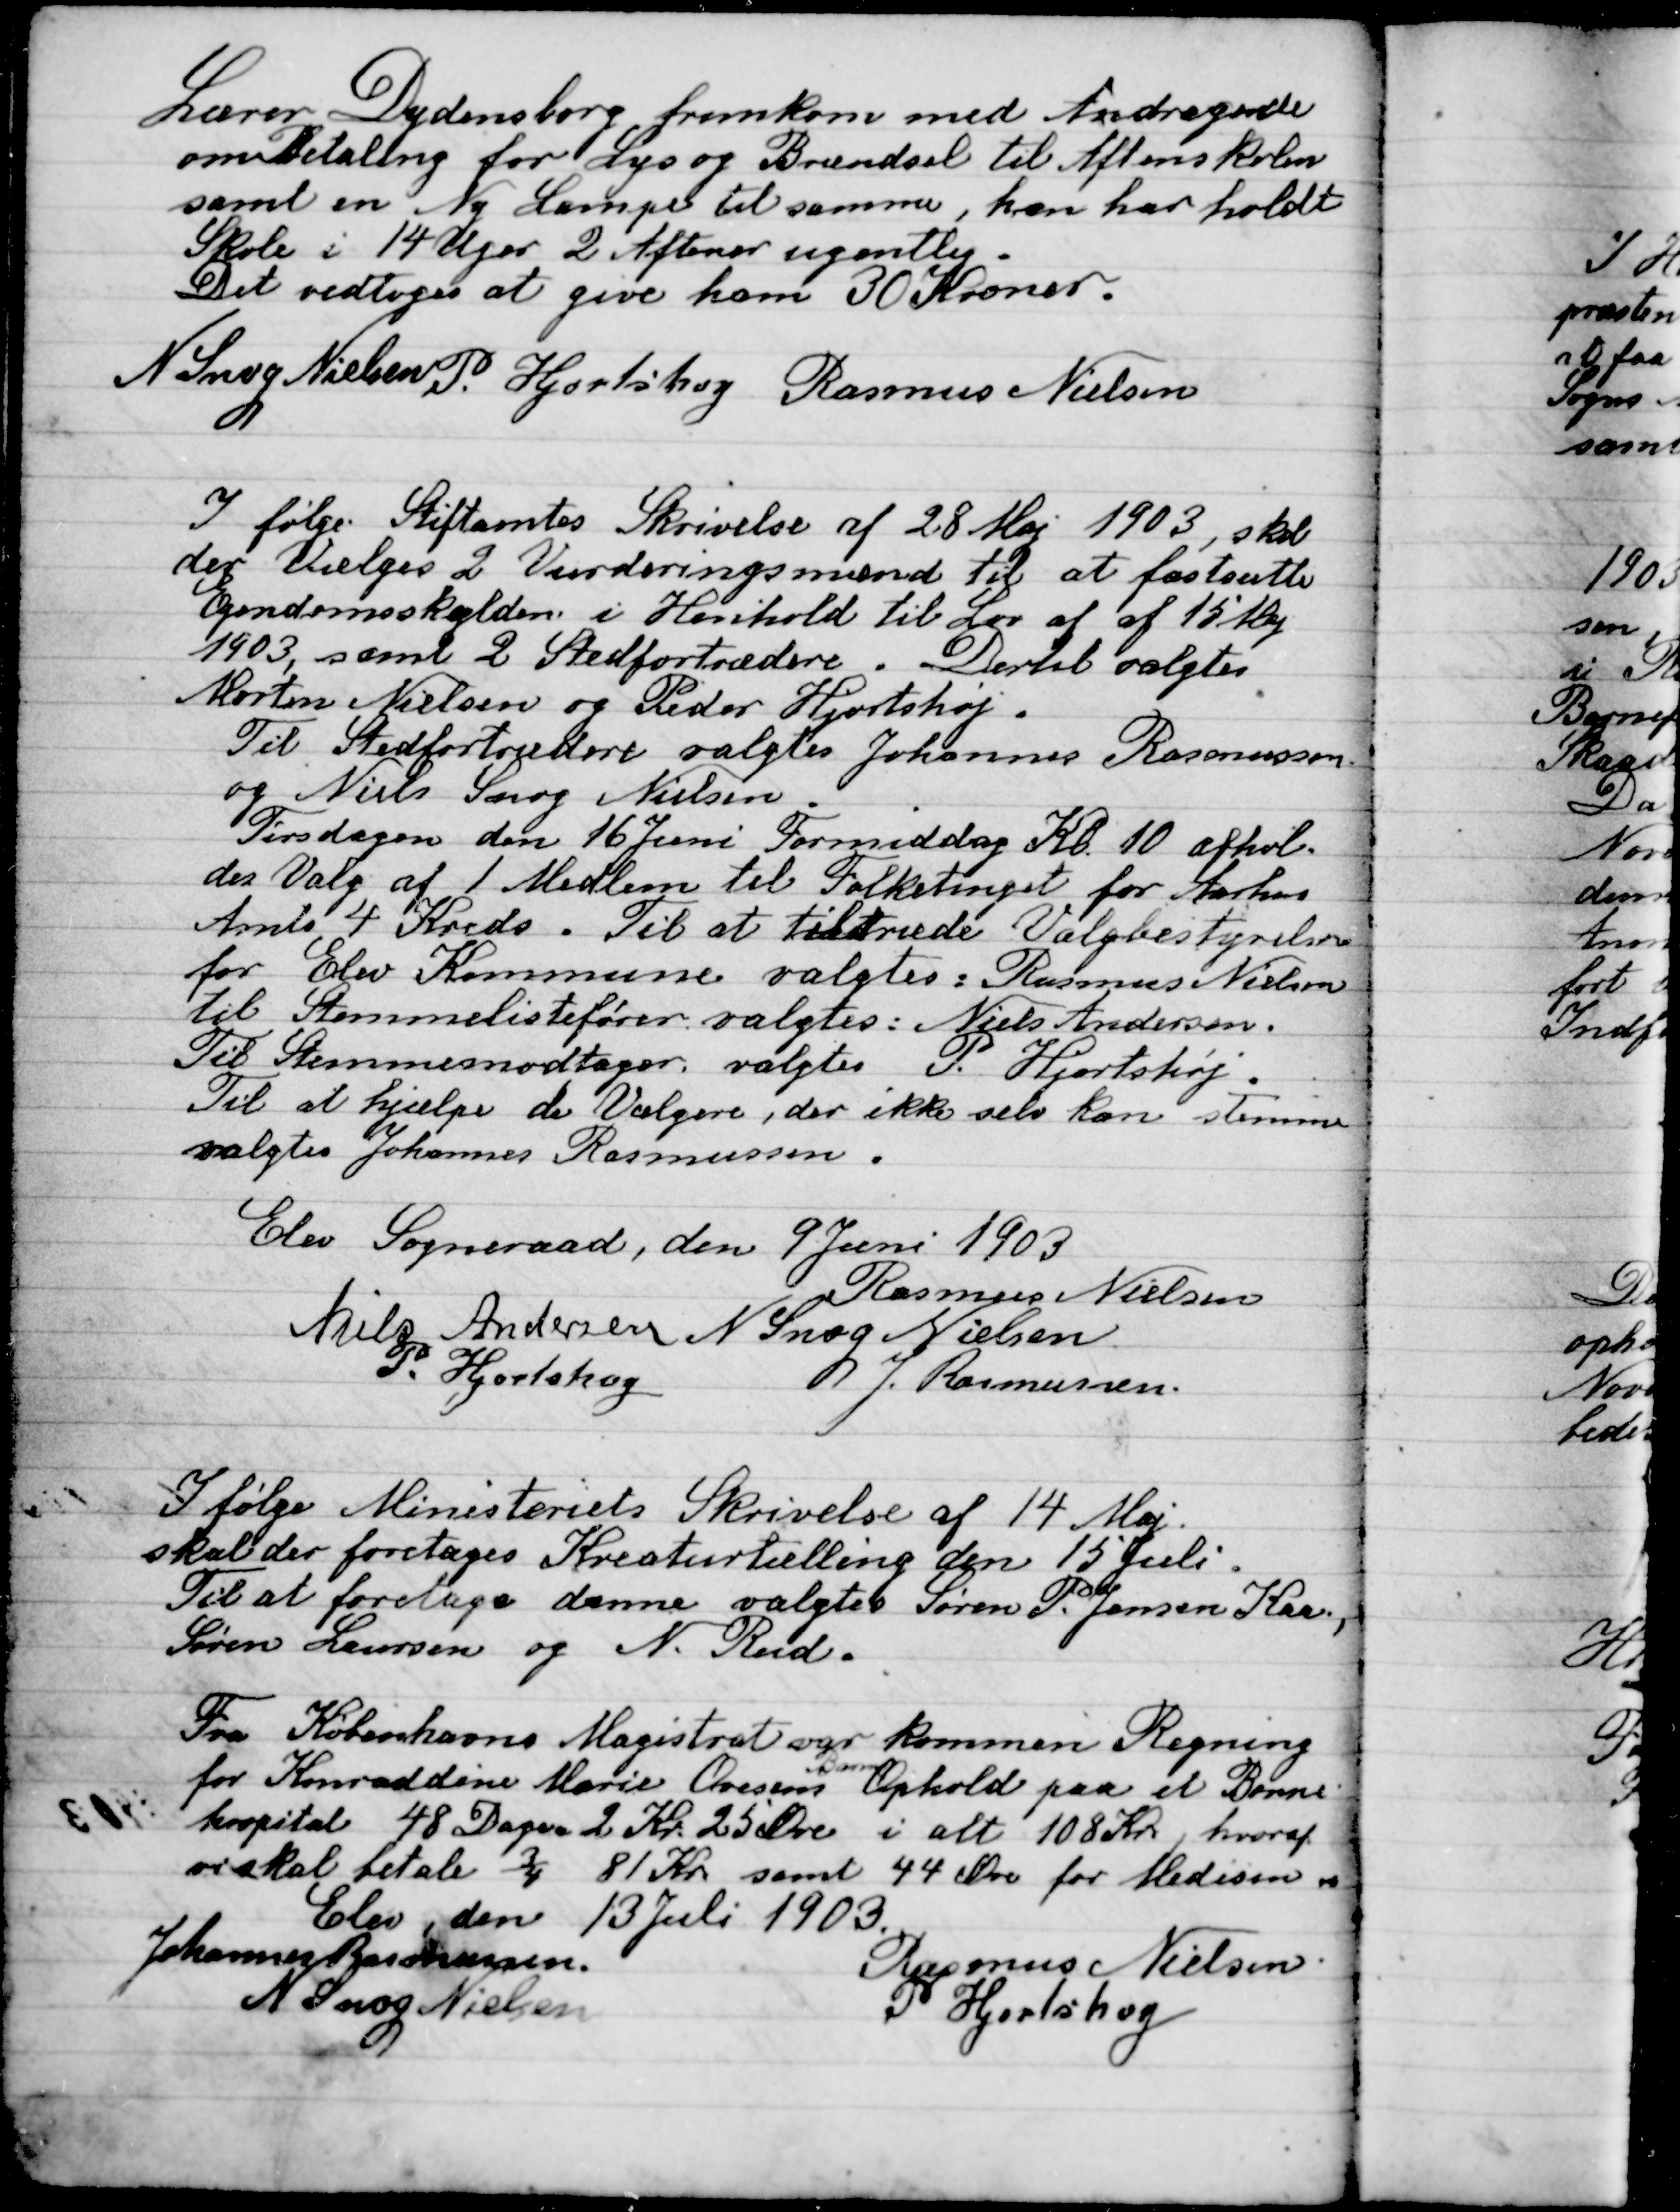
Transskription:
Lærer Dydensborg fremkom med andragende
som betaling for Lys og Brændsel til Aftenskolen
samt om Ny Lampe til samme, han har holdt
Skole i 14 Uger 2 Aftener ugentlig.
Det vedtoges at give ham 30 Kroner.

N. Snog Nielsen
P. Hjortshøj
Rasmus Nielsen

Ifølge Stiftsamters skrivelse af 28 Maj 1903, skal
der Vælges 2 Vurderingsmænd til at fastsætte
Ejendomsskylden i henholdt til Lov af af 15 April
1903 samt 2 Stedfortrædere. Dertil valgtes
Morten Nielsen og Peder Hjortshøj.
Til Stedfortrædere valgtes Johannes Rasmussen
og Niels Snog Nielsen.
Tirsdagen den 16 juni formiddag Kl. 10 afhold-
tes Valg af 1 Medlem til folketinget for Aarhus
Amts 4 Kreds. Til at tiltræde Valgbestyrelsen
for Elev Kommune valgtes: Rasmus Nielsen
Til Stemmelistefører valgtes: Niels Andersen
Til Stemmemodtager valgtes P. Hjortshøj
Til at hjælpe de Vælgere, der ikke selv kan stemme
valgtes Johannsens Rasmussen.

Elev Sogneraad, den 9 Juni 1903

Rasmus Nielsen
Niels Andersen
N. Snog Nielsen
P. Hjortshøj
J. Rasmussen

Ifølge Ministeriets skrivelse af 14 Maj
skulle der foretages Kreaturtælling den 15 juli.
Til at foretage denne valgtes Søren P. Jensen Kaa,
Søren Laursen og N. Rud.

Fra Københavns Magistrat var kommen Regning
for Konraddine Marie Ovesens Barns ophold paa et Børne-
hospital 48 Dage  2 Kr. 25 Øre i alt 108 Kr. hvoraf
skal betale ¾ 81 Kr. samt 44 Øre for Medicin.

Elev den 13 Juli 1903.

Johannes Rasmussen
Rasmus Nielsen
N. Snog Nielsen
P. Hjortshøj